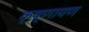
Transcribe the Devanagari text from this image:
कृष्णायण